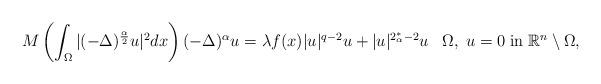
LaTeX: \begin{align*} M\left(\int_\Omega|(-\Delta)^{\frac{\alpha}{2}}u|^2dx\right)(-\Delta)^{\alpha} u = \lambda f(x)|u|^{q-2}u+|u|^{2^*_\alpha-2}u\;\; \; \Omega,\;u=0\;\textrm{in}\;\mathbb R^n\setminus \Omega,\end{align*}